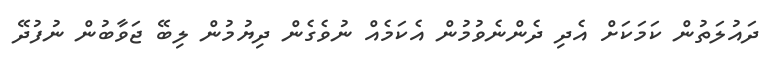
ދައުލަތުން ކަމަކަށް އެދި ދެންނެވުމުން އެކަމެއް ނުވެގެން ދިޔުމުން ލިބޭ ޖަވާބުން ނުފުދޭ